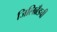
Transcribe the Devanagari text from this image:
जिलिब्रँडची